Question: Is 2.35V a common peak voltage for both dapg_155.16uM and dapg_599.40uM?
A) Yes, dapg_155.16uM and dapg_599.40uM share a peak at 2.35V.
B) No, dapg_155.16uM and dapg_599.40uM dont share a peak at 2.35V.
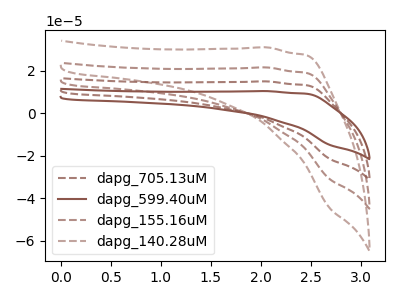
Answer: <think>The brown dashed curve "dapg_705.13uM" has no peaks. The brown curve "dapg_599.40uM" has no peaks. The brown dashed curve "dapg_155.16uM" has no peaks. The brown dashed curve "dapg_140.28uM" has no peaks.</think>
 <answer>B) No, "dapg_155.16uM" and "dapg_599.40uM" dont share a peak at 2.35V.</answer>
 <eval>B</eval>